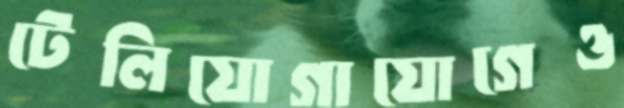
টেলিযোগাযোগেও